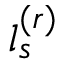
l _ { s } ^ { ( r ) }